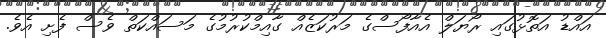
އައްޑު އަތޮޅުގައި ރޯޔަލް އެއާފޯސްގެ މަރުކަޒެއް ގާއިމްކުރުމުގެ މަސައްކަތް ވެސް ފެށި އެވެ.